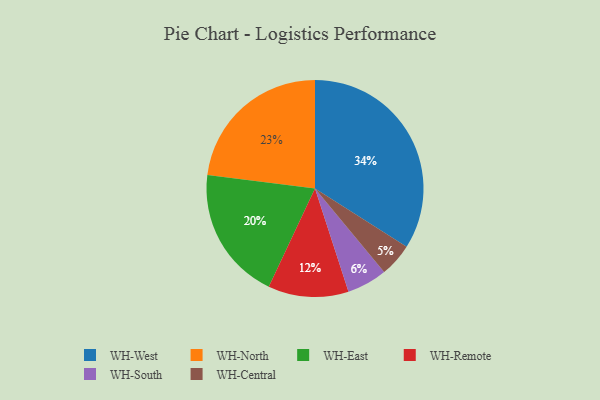
{"axis": {"x": "Category", "y": "Percentage"}, "legend": ["WH-Central", "WH-East", "WH-North", "WH-Remote", "WH-South", "WH-West"], "data": [{"x": "WH-Central", "y": 5, "type": "WH-Central"}, {"x": "WH-East", "y": 20, "type": "WH-East"}, {"x": "WH-South", "y": 6, "type": "WH-South"}, {"x": "WH-Remote", "y": 12, "type": "WH-Remote"}, {"x": "WH-West", "y": 34, "type": "WH-West"}, {"x": "WH-North", "y": 23, "type": "WH-North"}]}